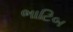
ભાટિબ